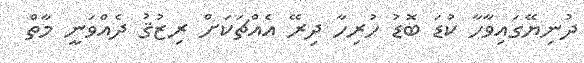
ދުނިޔޭގައިވާހާ ކުޑަ ބޮޑު ހުރިހާ ދިރޭ އެއްޗަކަށް ރިޒުޤު ދެއްވަނީ މާތް